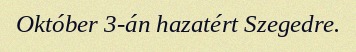
Október 3-án hazatért Szegedre.